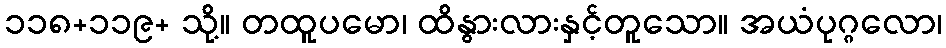
၁၁၈+၁၁၉+ သို့။ တထူပမော၊ ထိနွားလားနှင့်တူသော။ အယံပုဂ္ဂလော၊